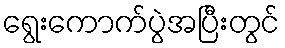
ရွေးကောက်ပွဲအပြီးတွင်